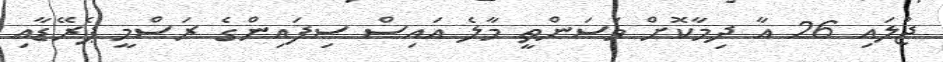
ޖުލައި 26 އާ ދިމާކޮށް ވަސަންތީ މާލެ އައިސް ސިފައިންގެ ރަސްމީ ޕެރޭޑާއި